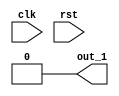
module clk_div1(clk,rst,out_1);
input clk;
input rst;
output out_1=0;
reg [26:0]Q2;
reg out_1;
always @(posedge clk or posedge rst)
if(rst==1)begin Q2<=27'b0; out_1<=0; end
else if (Q2==27'd100000000)begin Q2<=27'b0; out_1<=1; end
else begin  Q2<=Q2+1; out_1<=0;end
endmodule